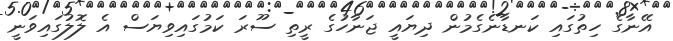
އޭނާގެ ހިތުގައި ކަނޑާނެގެމުން ދިޔައީ ޖަނާހުގެ ރީތި ސޫރަ ކަމުގައިވިޔަސް އެ ލޮލުގައިވަނީ